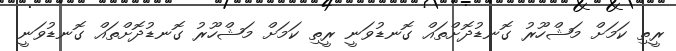
ރީތި ކަމަށް މަޝްހޫރު ގޮނޑުދޮށްތައް ގޮނޑުވަނީ ރީތި ކަމަށް މަޝްހޫރު ގޮނޑުދޮށްތައް ގޮނޑުވަނީ